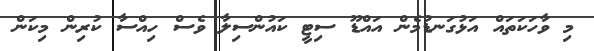
މި ވާހަކަތައް އަޅުގަނޑުމެން އައްޑޫ ސިޓީ ކައުންސިލާ ވެސް ހިއްސާ ކުރިން މިކަން